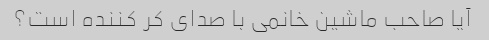
آیا صاحب ماشین خانمی با صدای کر کننده است؟